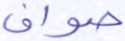
صواف